Civil Veterinary Department. Madras. Admin. report 1926-33 - 1926-1933
Year: 1926
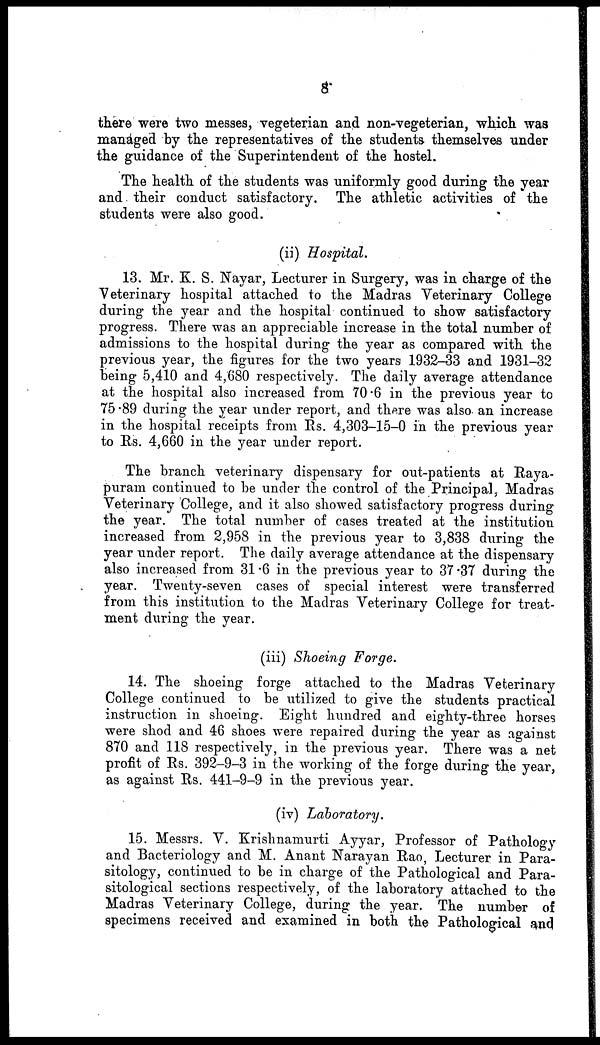
8
there were two messes, vegeterian and non-vegeterian, which was
managed by the representatives of the students themselves under
the guidance of the Superintendent of the hostel.
The health of the students was uniformly good during the year
and their conduct satisfactory. The athletic activities of the
students were also good.
(ii) Hospital.
13. Mr. K. S. Nayar, Lecturer in Surgery, was in charge of the
Veterinary hospital attached to the Madras Veterinary College
during the year and the hospital continued to show satisfactory
progress. There was an appreciable increase in the total number of
admissions to the hospital during the year as compared with the
previous year, the figures for the two years 1932-33 and 1931-32
being 5,410 and 4,680 respectively. The daily average attendance
at the hospital also increased from 70.6 in the previous year to
75.89 during the year under report, and there was also an increase
in the hospital receipts from Rs. 4,303-15-0 in the previous year
to Rs. 4,660 in the year under report.
The branch veterinary dispensary for out-patients at Raya-
puram continued to be under the control of the Principal, Madras
Veterinary College, and it also showed satisfactory progress during
the year. The total number of cases treated at the institution
increased from 2,958 in the previous year to 3,838 during the
year under report. The daily average attendance at the dispensary
also increased from 31.6 in the previous year to 37.37 during the
year. Twenty-seven cases of special interest were transferred
from this institution to the Madras Veterinary College for treat-
ment during the year.
(iii) Shoeing Forge.
14. The shoeing forge attached to the Madras Veterinary
College continued to be utilized to give the students practical
instruction in shoeing. Eight hundred and eighty-three horses
were shod and 46 shoes were repaired during the year as against
870 and 118 respectively, in the previous year. There was a net
profit of Rs. 392-9-3 in the working of the forge during the year,
as against Rs. 441-9-9 in the previous year.
(iv) Laboratory.
15. Messrs. V. Krishnamurti Ayyar, Professor of Pathology
and Bacteriology and M. Anant Narayan Rao, Lecturer in Para-
sitology, continued to be in charge of the Pathological and Para-
sitological sections respectively, of the laboratory attached to the
Madras Veterinary College, during the year. The number of
specimens received and examined in both the Pathological and